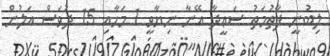
ލިބުނީ ފާތުމަތު ސަޢީދާ އޭނާ ނިޔާވީ 1 މަހާއި 15 ދުވަސް އަލުން